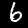
Digit: 6